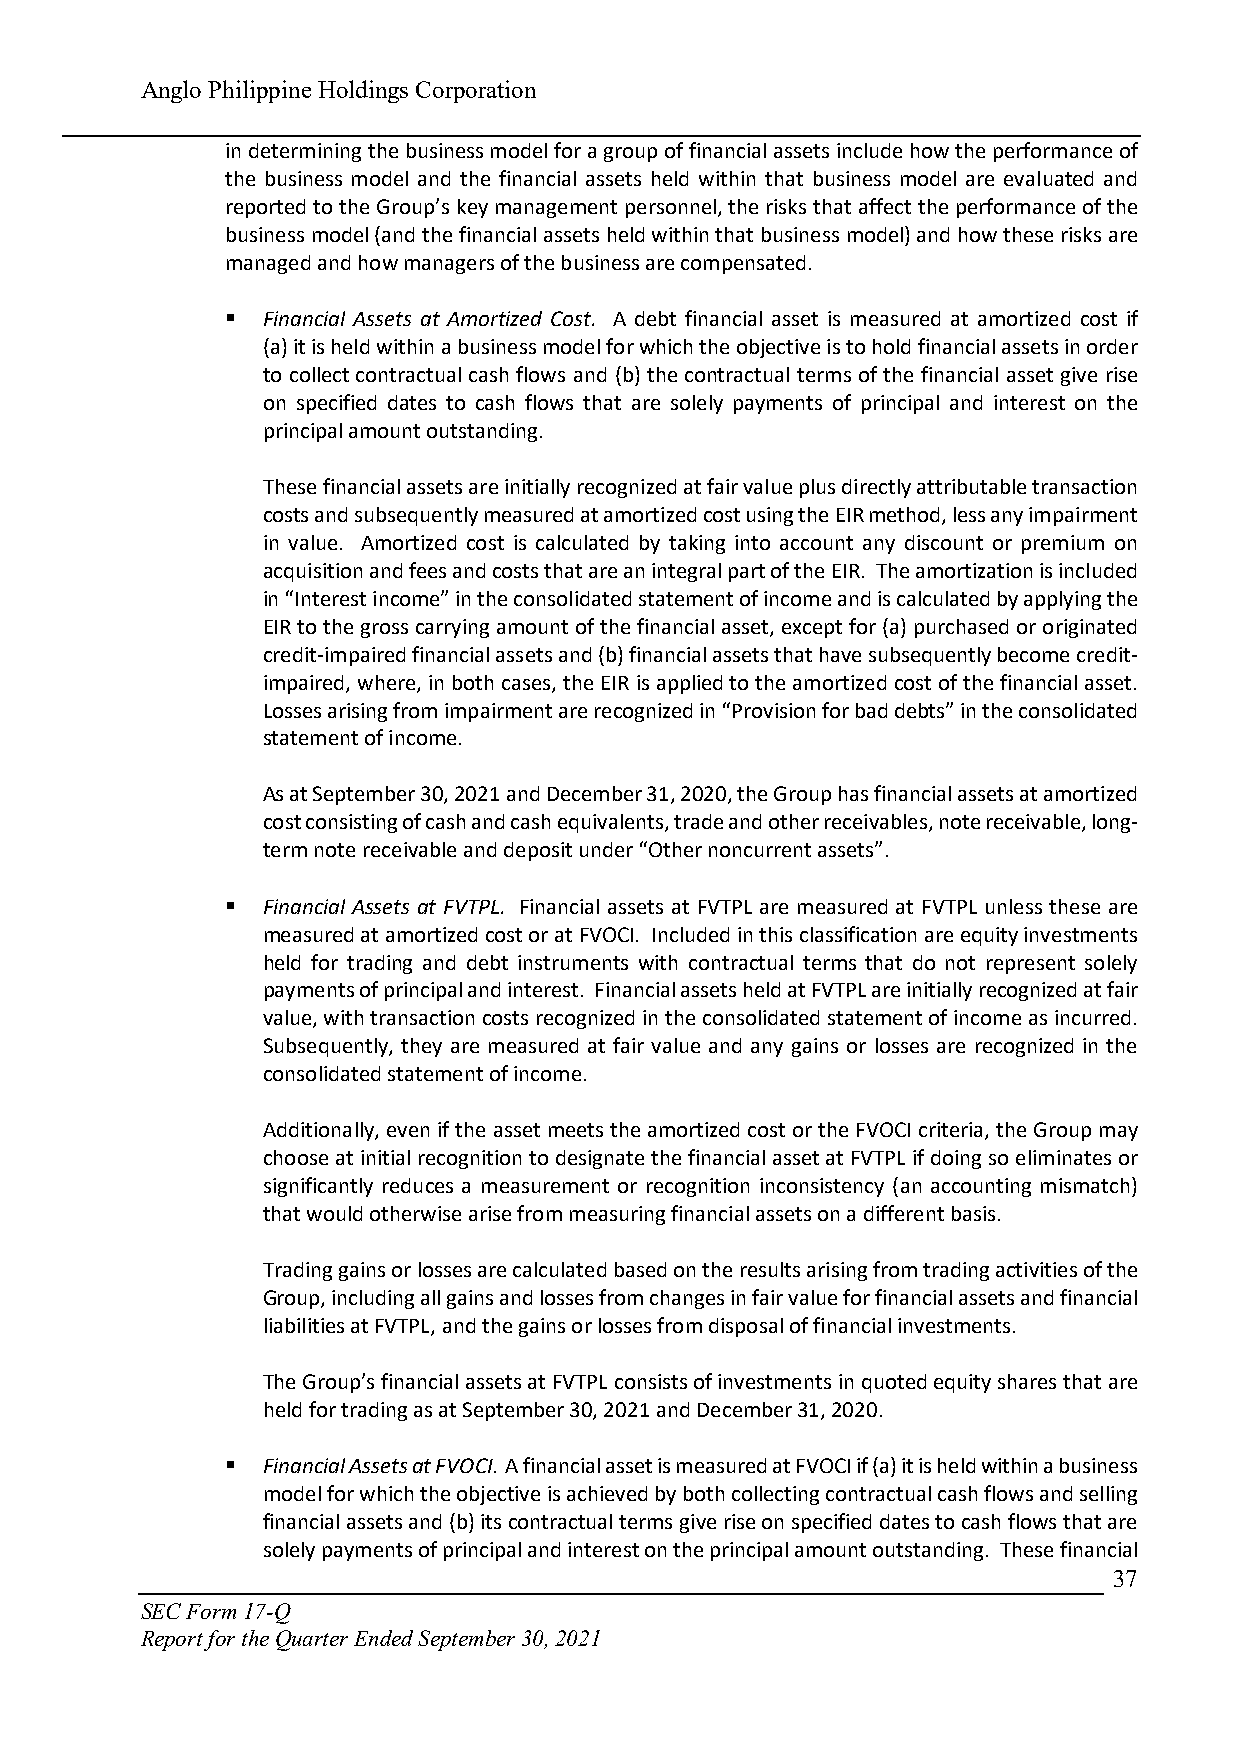
Anglo Philippine Holdings Corporation
 in determining the business model for a group of financial assets include how the performance of
 the business model and the financial assets held within that business model are evaluated and
 reported to the Group’s key management personnel, the risks that affect the performance of the
 business model (and the financial assets held within that business model) and how these risks are
 managed and how managers of the business are compensated.
  Financial Assets at Amortized Cost. A debt financial asset is measured at amortized cost if
 (a) it is held within a business model for which the objective is to hold financial assets in order
 to collect contractual cash flows and (b) the contractual terms of the financial asset give rise
 on specified dates to cash flows that are solely payments of principal and interest on the
 principal amount outstanding.
 These financial assets are initially recognized at fair value plus directly attributable transaction
 costs and subsequently measured at amortized cost using the EIR method, less any impairment
 in value. Amortized cost is calculated by taking into account any discount or premium on
 acquisition and fees and costs that are an integral part of the EIR. The amortization is included
 in “Interest income” in the consolidated statement of income and is calculated by applying the
 EIR to the gross carrying amount of the financial asset, except for (a) purchased or originated
 credit-impaired financial assets and (b) financial assets that have subsequently become credit-
 impaired, where, in both cases, the EIR is applied to the amortized cost of the financial asset.
 Losses arising from impairment are recognized in “Provision for bad debts” in the consolidated
 statement of income.
 As at September 30, 2021 and December 31, 2020, the Group has financial assets at amortized
 cost consisting of cash and cash equivalents, trade and other receivables, note receivable, long-
 term note receivable and deposit under “Other noncurrent assets”.
  Financial Assets at FVTPL. Financial assets at FVTPL are measured at FVTPL unless these are
 measured at amortized cost or at FVOCI. Included in this classification are equity investments
 held for trading and debt instruments with contractual terms that do not represent solely
 payments of principal and interest. Financial assets held at FVTPL are initially recognized at fair
 value, with transaction costs recognized in the consolidated statement of income as incurred.
 Subsequently, they are measured at fair value and any gains or losses are recognized in the
 consolidated statement of income.
 Additionally, even if the asset meets the amortized cost or the FVOCI criteria, the Group may
 choose at initial recognition to designate the financial asset at FVTPL if doing so eliminates or
 significantly reduces a measurement or recognition inconsistency (an accounting mismatch)
 that would otherwise arise from measuring financial assets on a different basis.
 Trading gains or losses are calculated based on the results arising from trading activities of the
 Group, including all gains and losses from changes in fair value for financial assets and financial
 liabilities at FVTPL, and the gains or losses from disposal of financial investments.
 The Group’s financial assets at FVTPL consists of investments in quoted equity shares that are
 held for trading as at September 30, 2021 and December 31, 2020.
  Financial Assets at FVOCI. A financial asset is measured at FVOCI if (a) it is held within a business
 model for which the objective is achieved by both collecting contractual cash flows and selling
 financial assets and (b) its contractual terms give rise on specified dates to cash flows that are
 solely payments of principal and interest on the principal amount outstanding. These financial
 37
 SEC Form 17-Q
 Report for the Quarter Ended September 30, 2021